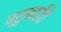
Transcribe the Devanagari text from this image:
ब्रुनाईचे